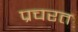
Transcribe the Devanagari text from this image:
प्रचरत